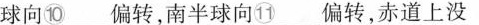
球向⑩___偏转，南半球向视⑪ __偏转，赤道上没